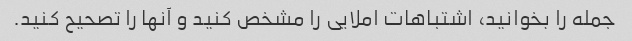
جمله را بخوانید، اشتباهات املایی را مشخص کنید و آنها را تصحیح کنید.